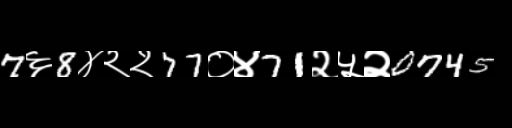
Text: 7६8४२२77०४71२५२0745